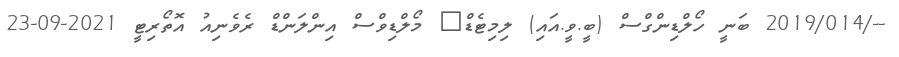
--/2019/014 ބަނީ ހޯލްޑިންގްސް (ބީ.ވީ.އައި) ލިމިޓެޑް	 މޯލްޑިވްސް އިންލަންޑް ރެވެނިއު އޮތޯރިޓީ 2021-09-23